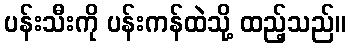
ပန်းသီးကို ပန်းကန်ထဲသို့ ထည့်သည်။